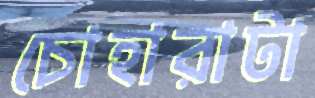
চোহারাটা